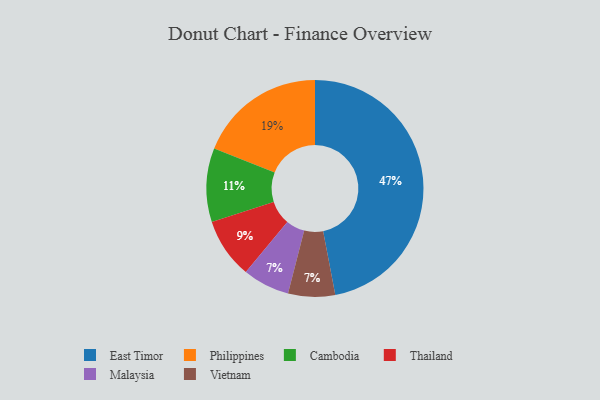
{"axis": {"x": "Category", "y": "Percentage"}, "legend": ["Cambodia", "East Timor", "Malaysia", "Philippines", "Thailand", "Vietnam"], "data": [{"x": "Malaysia", "y": 7, "type": "Malaysia"}, {"x": "Philippines", "y": 19, "type": "Philippines"}, {"x": "East Timor", "y": 47, "type": "East Timor"}, {"x": "Cambodia", "y": 11, "type": "Cambodia"}, {"x": "Vietnam", "y": 7, "type": "Vietnam"}, {"x": "Thailand", "y": 9, "type": "Thailand"}]}